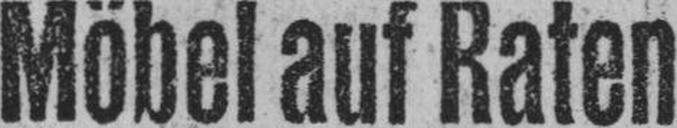
Möbel auf Raten